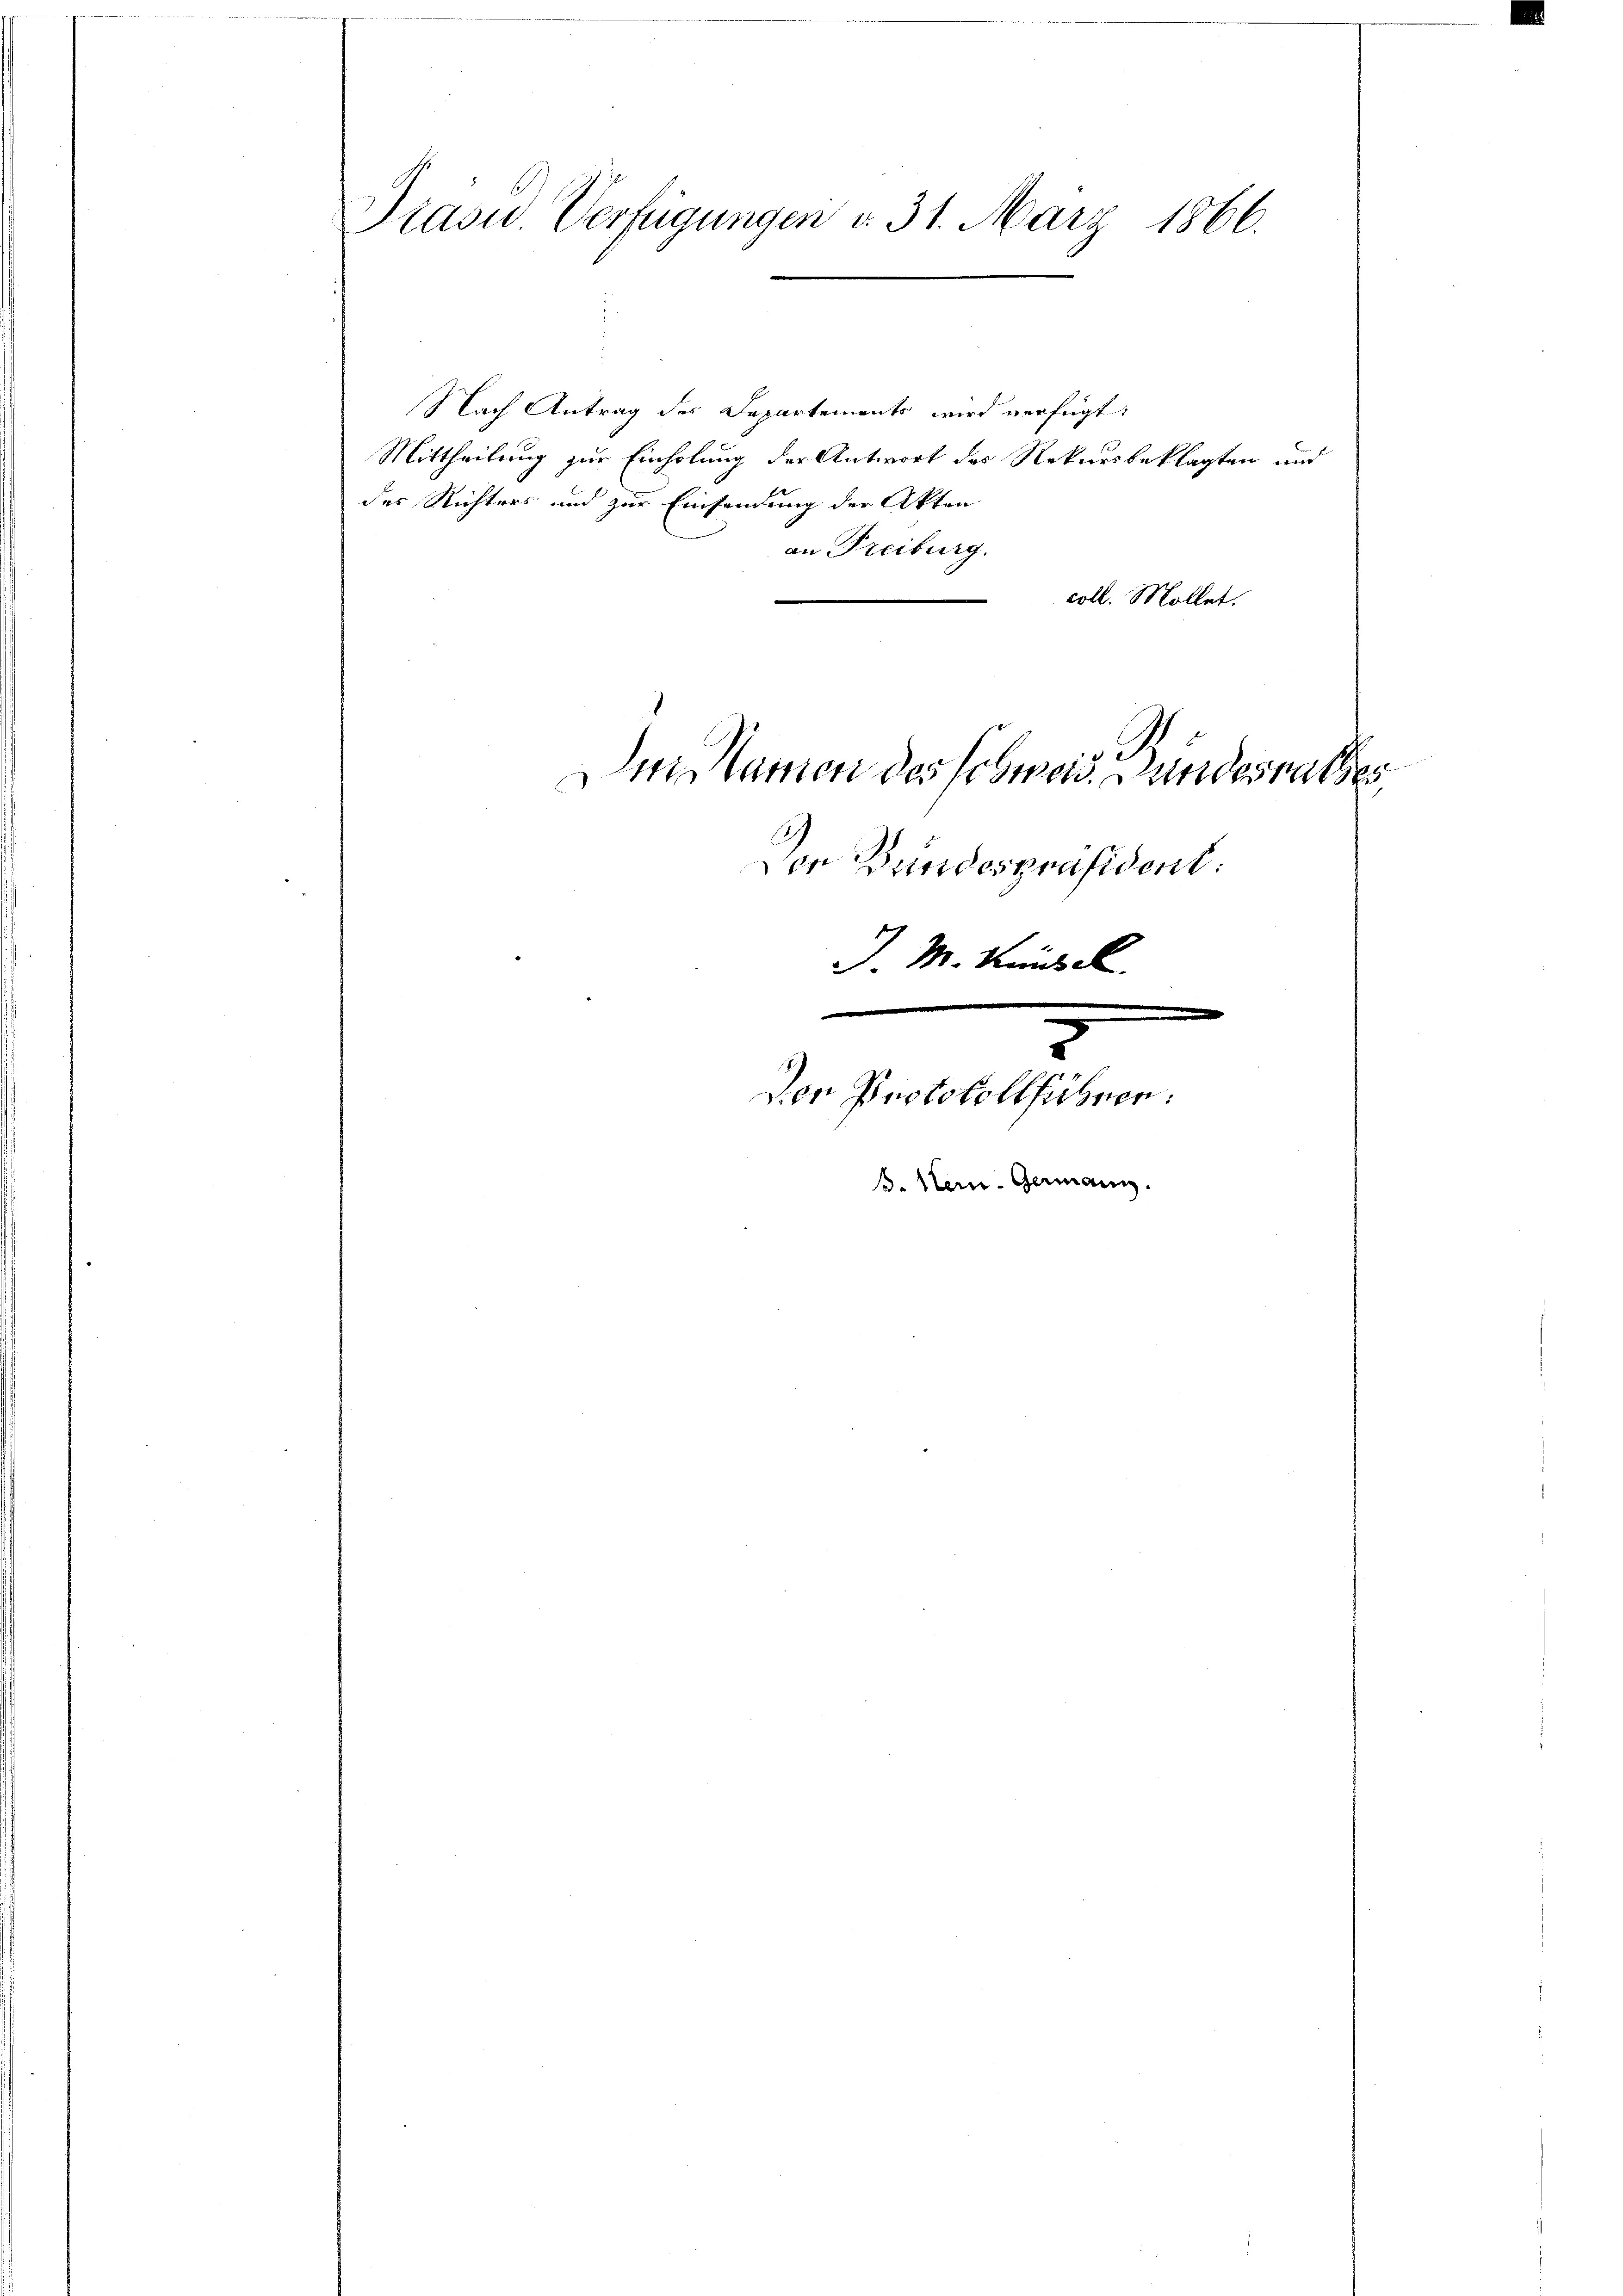
Präses Verfügungen v. 31. März 1866.

Nach Antrag des Departements wird verfügt:
Mittheilung zur Einholung der Antwort des Rekursbeklagten und
des Richters und zur Einsendung der Akten
an Freiburg.
coll. Mollet.
Den Namen des schweid. Bundesrathes
Vor Bundespräsident:
J. M. Keinde
e

8
Der Protokollführen.
B. Hein- Germann.